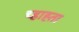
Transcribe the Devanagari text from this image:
च्हाह्ता